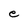
Character: e